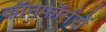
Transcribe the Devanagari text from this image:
कॉनफॉर्मरों